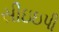
સીઇઇપી